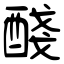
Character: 醆